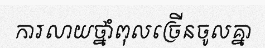
ការលាយថ្នាំពុលច្រើនចូលគ្នា